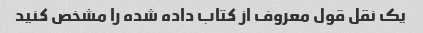
یک نقل قول معروف از کتاب داده شده را مشخص کنید